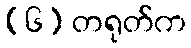
(၆) တရုတ်က